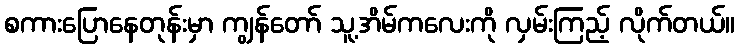
စကားပြောနေတုန်းမှာ ကျွန်တော် သူ့အိမ်ကလေးကို လှမ်းကြည့် လိုက်တယ်။